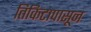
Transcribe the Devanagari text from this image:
तिकिटापासून